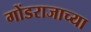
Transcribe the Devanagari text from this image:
गोंडराजाच्या